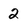
Character: 2